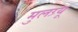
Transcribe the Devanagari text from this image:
मुलग्र्यू